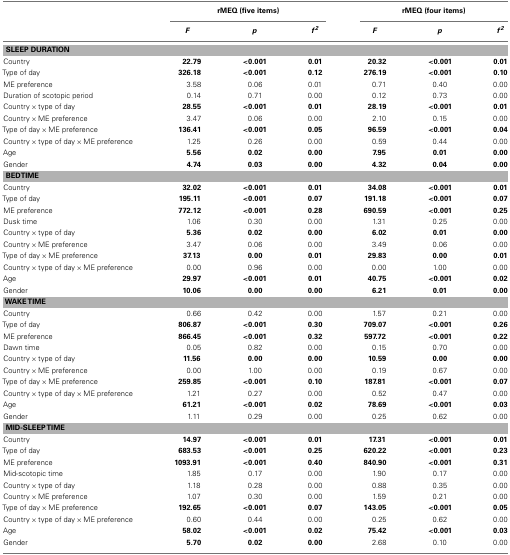
<table><thead><tr><td></td><td colspan="3"><b>rMEQ (five items)</b></td><td colspan="3"><b>rMEQ (four items)</b></td></tr><tr><td></td><td><b><i>F</i></b></td><td><b><i>p</i></b></td><td><b><i>f <sup>2</sup></i></b></td><td><b><i>F</i></b></td><td><b><i>p</i></b></td><td><b><i>f <sup>2</sup></i></b></td></tr></thead><tbody><tr><td colspan="7"><b>SLEEP DURATION</b></td></tr><tr><td>Country</td><td><b>22.79</b></td><td><b>&lt;0.001</b></td><td><b>0.01</b></td><td><b>20.32</b></td><td><b>&lt;0.001</b></td><td><b>0.01</b></td></tr><tr><td>Type of day</td><td><b>326.18</b></td><td><b>&lt;0.001</b></td><td><b>0.12</b></td><td><b>276.19</b></td><td><b>&lt;0.001</b></td><td><b>0.10</b></td></tr><tr><td>ME preference</td><td>3.58</td><td>0.06</td><td>0.01</td><td>0.71</td><td>0.40</td><td>0.00</td></tr><tr><td>Duration of scotopic period</td><td>0.14</td><td>0.71</td><td>0.00</td><td>0.12</td><td>0.73</td><td>0.00</td></tr><tr><td>Country × type of day</td><td><b>28.55</b></td><td><b>&lt;0.001</b></td><td><b>0.01</b></td><td><b>28.19</b></td><td><b>&lt;0.001</b></td><td><b>0.01</b></td></tr><tr><td>Country × ME preference</td><td>3.47</td><td>0.06</td><td>0.00</td><td>2.10</td><td>0.15</td><td>0.00</td></tr><tr><td>Type of day × ME preference</td><td><b>136.41</b></td><td><b>&lt;0.001</b></td><td><b>0.05</b></td><td><b>96.59</b></td><td><b>&lt;0.001</b></td><td><b>0.04</b></td></tr><tr><td>Country × type of day × ME preference</td><td>1.25</td><td>0.26</td><td>0.00</td><td>0.59</td><td>0.44</td><td>0.00</td></tr><tr><td>Age</td><td><b>5.56</b></td><td><b>0.02</b></td><td><b>0.00</b></td><td><b>7.95</b></td><td><b>0.01</b></td><td><b>0.00</b></td></tr><tr><td>Gender</td><td><b>4.74</b></td><td><b>0.03</b></td><td><b>0.00</b></td><td><b>4.32</b></td><td><b>0.04</b></td><td><b>0.00</b></td></tr><tr><td colspan="7"><b>BEDTIME</b></td></tr><tr><td>Country</td><td><b>32.02</b></td><td><b>&lt;0.001</b></td><td><b>0.01</b></td><td><b>34.08</b></td><td><b>&lt;0.001</b></td><td><b>0.01</b></td></tr><tr><td>Type of day</td><td><b>195.11</b></td><td><b>&lt;0.001</b></td><td><b>0.07</b></td><td><b>191.18</b></td><td><b>&lt;0.001</b></td><td><b>0.07</b></td></tr><tr><td>ME preference</td><td><b>772.12</b></td><td><b>&lt;0.001</b></td><td><b>0.28</b></td><td><b>690.59</b></td><td><b>&lt;0.001</b></td><td><b>0.25</b></td></tr><tr><td>Dusk time</td><td>1.06</td><td>0.30</td><td>0.00</td><td>1.31</td><td>0.25</td><td>0.00</td></tr><tr><td>Country × type of day</td><td><b>5.36</b></td><td><b>0.02</b></td><td><b>0.00</b></td><td><b>6.02</b></td><td><b>0.01</b></td><td><b>0.00</b></td></tr><tr><td>Country × ME preference</td><td>3.47</td><td>0.06</td><td>0.00</td><td>3.49</td><td>0.06</td><td>0.00</td></tr><tr><td>Type of day × ME preference</td><td><b>37.13</b></td><td><b>0.00</b></td><td><b>0.01</b></td><td><b>29.83</b></td><td><b>0.00</b></td><td><b>0.01</b></td></tr><tr><td>Country × type of day × ME preference</td><td>0.00</td><td>0.96</td><td>0.00</td><td>0.00</td><td>1.00</td><td>0.00</td></tr><tr><td>Age</td><td><b>29.97</b></td><td><b>&lt;0.001</b></td><td><b>0.01</b></td><td><b>40.75</b></td><td><b>&lt;0.001</b></td><td><b>0.02</b></td></tr><tr><td>Gender</td><td><b>10.06</b></td><td><b>0.00</b></td><td><b>0.00</b></td><td><b>6.21</b></td><td><b>0.01</b></td><td><b>0.00</b></td></tr><tr><td colspan="7"><b>WAKE TIME</b></td></tr><tr><td>Country</td><td>0.66</td><td>0.42</td><td>0.00</td><td>1.57</td><td>0.21</td><td>0.00</td></tr><tr><td>Type of day</td><td><b>806.87</b></td><td><b>&lt;0.001</b></td><td><b>0.30</b></td><td><b>709.07</b></td><td><b>&lt;0.001</b></td><td><b>0.26</b></td></tr><tr><td>ME preference</td><td><b>866.45</b></td><td><b>&lt;0.001</b></td><td><b>0.32</b></td><td><b>597.72</b></td><td><b>&lt;0.001</b></td><td><b>0.22</b></td></tr><tr><td>Dawn time</td><td>0.05</td><td>0.82</td><td>0.00</td><td>0.15</td><td>0.70</td><td>0.00</td></tr><tr><td>Country × type of day</td><td><b>11.56</b></td><td><b>0.00</b></td><td><b>0.00</b></td><td><b>10.59</b></td><td><b>0.00</b></td><td><b>0.00</b></td></tr><tr><td>Country × ME preference</td><td>0.00</td><td>1.00</td><td>0.00</td><td>0.19</td><td>0.67</td><td>0.00</td></tr><tr><td>Type of day × ME preference</td><td><b>259.85</b></td><td><b>&lt;0.001</b></td><td><b>0.10</b></td><td><b>187.81</b></td><td><b>&lt;0.001</b></td><td><b>0.07</b></td></tr><tr><td>Country × type of day × ME preference</td><td>1.21</td><td>0.27</td><td>0.00</td><td>0.52</td><td>0.47</td><td>0.00</td></tr><tr><td>Age</td><td><b>61.21</b></td><td><b>&lt;0.001</b></td><td><b>0.02</b></td><td><b>78.69</b></td><td><b>&lt;0.001</b></td><td><b>0.03</b></td></tr><tr><td>Gender</td><td>1.11</td><td>0.29</td><td>0.00</td><td>0.25</td><td>0.62</td><td>0.00</td></tr><tr><td colspan="7"><b>MID-SLEEP TIME</b></td></tr><tr><td>Country</td><td><b>14.97</b></td><td><b>&lt;0.001</b></td><td><b>0.01</b></td><td><b>17.31</b></td><td><b>&lt;0.001</b></td><td><b>0.01</b></td></tr><tr><td>Type of day</td><td><b>683.53</b></td><td><b>&lt;0.001</b></td><td><b>0.25</b></td><td><b>620.22</b></td><td><b>&lt;0.001</b></td><td><b>0.23</b></td></tr><tr><td>ME preference</td><td><b>1093.91</b></td><td><b>&lt;0.001</b></td><td><b>0.40</b></td><td><b>840.90</b></td><td><b>&lt;0.001</b></td><td><b>0.31</b></td></tr><tr><td>Mid-scotopic time</td><td>1.85</td><td>0.17</td><td>0.00</td><td>1.90</td><td>0.17</td><td>0.00</td></tr><tr><td>Country × type of day</td><td>1.18</td><td>0.28</td><td>0.00</td><td>0.88</td><td>0.35</td><td>0.00</td></tr><tr><td>Country × ME preference</td><td>1.07</td><td>0.30</td><td>0.00</td><td>1.59</td><td>0.21</td><td>0.00</td></tr><tr><td>Type of day × ME preference</td><td><b>192.65</b></td><td><b>&lt;0.001</b></td><td><b>0.07</b></td><td><b>143.05</b></td><td><b>&lt;0.001</b></td><td><b>0.05</b></td></tr><tr><td>Country × type of day × ME preference</td><td>0.60</td><td>0.44</td><td>0.00</td><td>0.25</td><td>0.62</td><td>0.00</td></tr><tr><td>Age</td><td><b>58.02</b></td><td><b>&lt;0.001</b></td><td><b>0.02</b></td><td><b>75.42</b></td><td><b>&lt;0.001</b></td><td><b>0.03</b></td></tr><tr><td>Gender</td><td><b>5.70</b></td><td><b>0.02</b></td><td><b>0.00</b></td><td>2.68</td><td>0.10</td><td>0.00</td></tr></tbody></table>